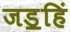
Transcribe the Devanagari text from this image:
जड॒हिं